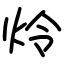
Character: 炩